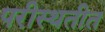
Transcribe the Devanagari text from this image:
परीस्थतीत